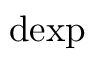
\mathrm { d e x p }